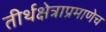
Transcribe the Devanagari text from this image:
तीर्थक्षेत्राप्रमाणेच